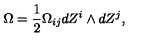
\Omega = \frac { 1 } { 2 } \Omega _ { i j } d Z ^ { i } \wedge d Z ^ { j } ,